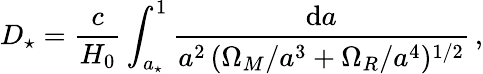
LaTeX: D_{\star}=\frac{c}{H_{0}}\int_{a_{\star}}^{1}\frac{\mathrm{d}a}{a^{2}\, (\Omega_{M}/a^{3}+\Omega_{R}/a^{4})^{1/2}}\, ,